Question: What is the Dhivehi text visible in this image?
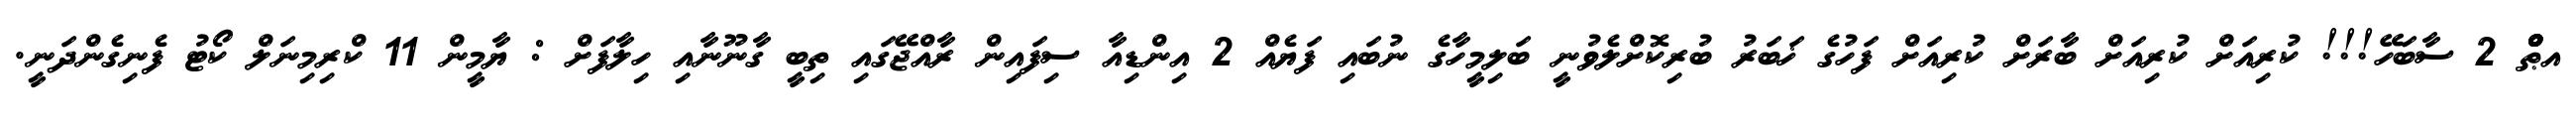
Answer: އޠްްްް 2 ސާބަހޭ!!! ކުރިއަށް ކުރިއަށް ބާރަށް ކުރިއަށް ފަހުގެ ޚަބަރު ބުރިކޮށްލެވުނީ ބަލިމީހާގެ ނުބައި ފަޔެއް 2 އިންޑިއާ ސިފައިން ރާއްޖޭގައި ތިބީ ގާނޫނާއި ހިލާފަށް : ޔާމީން 11 ކްރިމިނަލް ކޯޓު ފެނިގެންދަނީ.